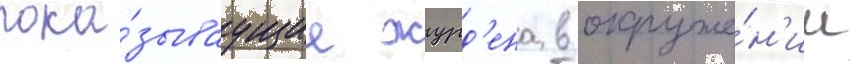
пока́зываущие журд'ена в окруже́н'ии